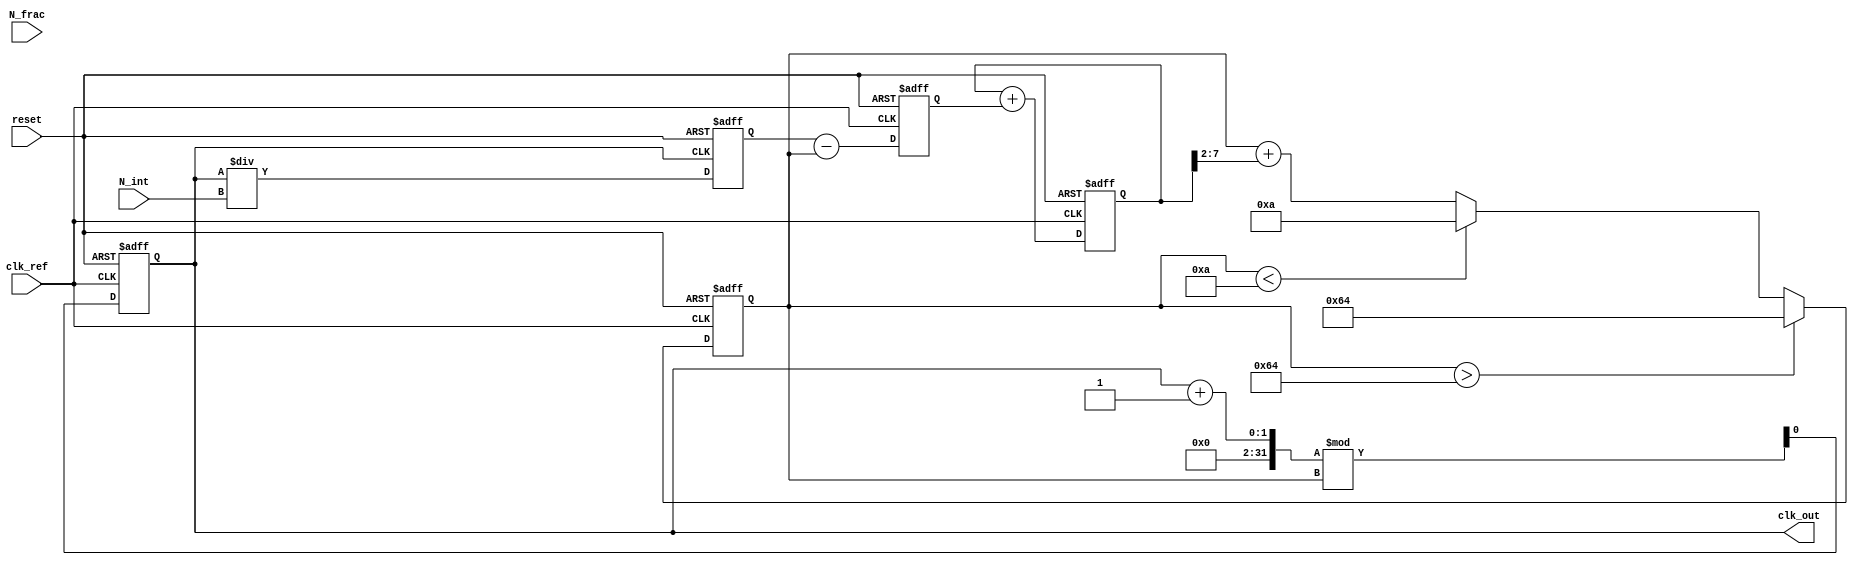
module frac_n_pll (
    input wire clk_ref,          // Reference clock input
    input wire reset,            // Reset signal
    input wire [N-1:0] N_int,    // Integer division value
    input wire [M-1:0] N_frac,   // Fractional division value
    output wire clk_out          // Output clock
);

parameter N = 8;                // Width of integer divider
parameter M = 8;                // Width of fractional divider
parameter VCO_MAX_FREQ = 100;  // Maximum VCO frequency (arbitrary value)
parameter VCO_MIN_FREQ = 10;    // Minimum VCO frequency (arbitrary value)

// Internal signals
reg [N-1:0] vco_freq;           // VCO frequency
reg [N-1:0] phase_error;        // Phase error from PFD
reg [N-1:0] control_voltage;     // Control voltage from Charge Pump
reg [N-1:0] feedback_div;        // Feedback divider output
reg clk_vco;                    // VCO clock output

// Phase Frequency Detector (PFD)
always @(posedge clk_ref or posedge reset) begin
    if (reset) begin
        phase_error <= 0;
    end else begin
        // Simplified phase comparison logic
        // This is a placeholder for actual phase detection logic
        phase_error <= feedback_div - vco_freq; // Example phase error calculation
    end
end

// Charge Pump (CP)
always @(posedge clk_ref or posedge reset) begin
    if (reset) begin
        control_voltage <= 0;
    end else begin
        // Simplified charge pump logic
        control_voltage <= control_voltage + phase_error; // Adjust control voltage based on phase error
    end
end

// Loop Filter (LF)
always @(posedge clk_ref or posedge reset) begin
    if (reset) begin
        vco_freq <= VCO_MIN_FREQ;
    end else begin
        // Simple first-order loop filter
        vco_freq <= vco_freq + (control_voltage >> 2); // Adjust frequency based on control voltage
        if (vco_freq > VCO_MAX_FREQ) begin
            vco_freq <= VCO_MAX_FREQ; // Limit to max frequency
        end else if (vco_freq < VCO_MIN_FREQ) begin
            vco_freq <= VCO_MIN_FREQ; // Limit to min frequency
        end
    end
end

// Voltage-Controlled Oscillator (VCO)
always @(posedge clk_ref or posedge reset) begin
    if (reset) begin
        clk_vco <= 0;
    end else begin
        // Generate VCO output clock based on frequency
        clk_vco <= (clk_vco + 1) % vco_freq; // Simplified VCO output generation
    end
end

// Frequency Divider (Feedback Divider)
always @(posedge clk_vco or posedge reset) begin
    if (reset) begin
        feedback_div <= 0;
    end else begin
        feedback_div <= clk_vco / N_int; // Integer division
    end
end

// Output Stage
assign clk_out = clk_vco; // Output the VCO clock

endmodule